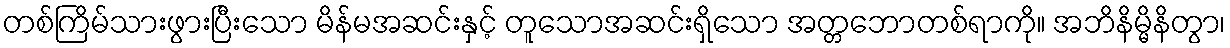
တစ်ကြိမ်သားဖွားပြီးသော မိန်မအဆင်းနှင့် တူသောအဆင်းရှိသော အတ္တဘောတစ်ရာကို။ အဘိနိမ္မိနိတွာ၊